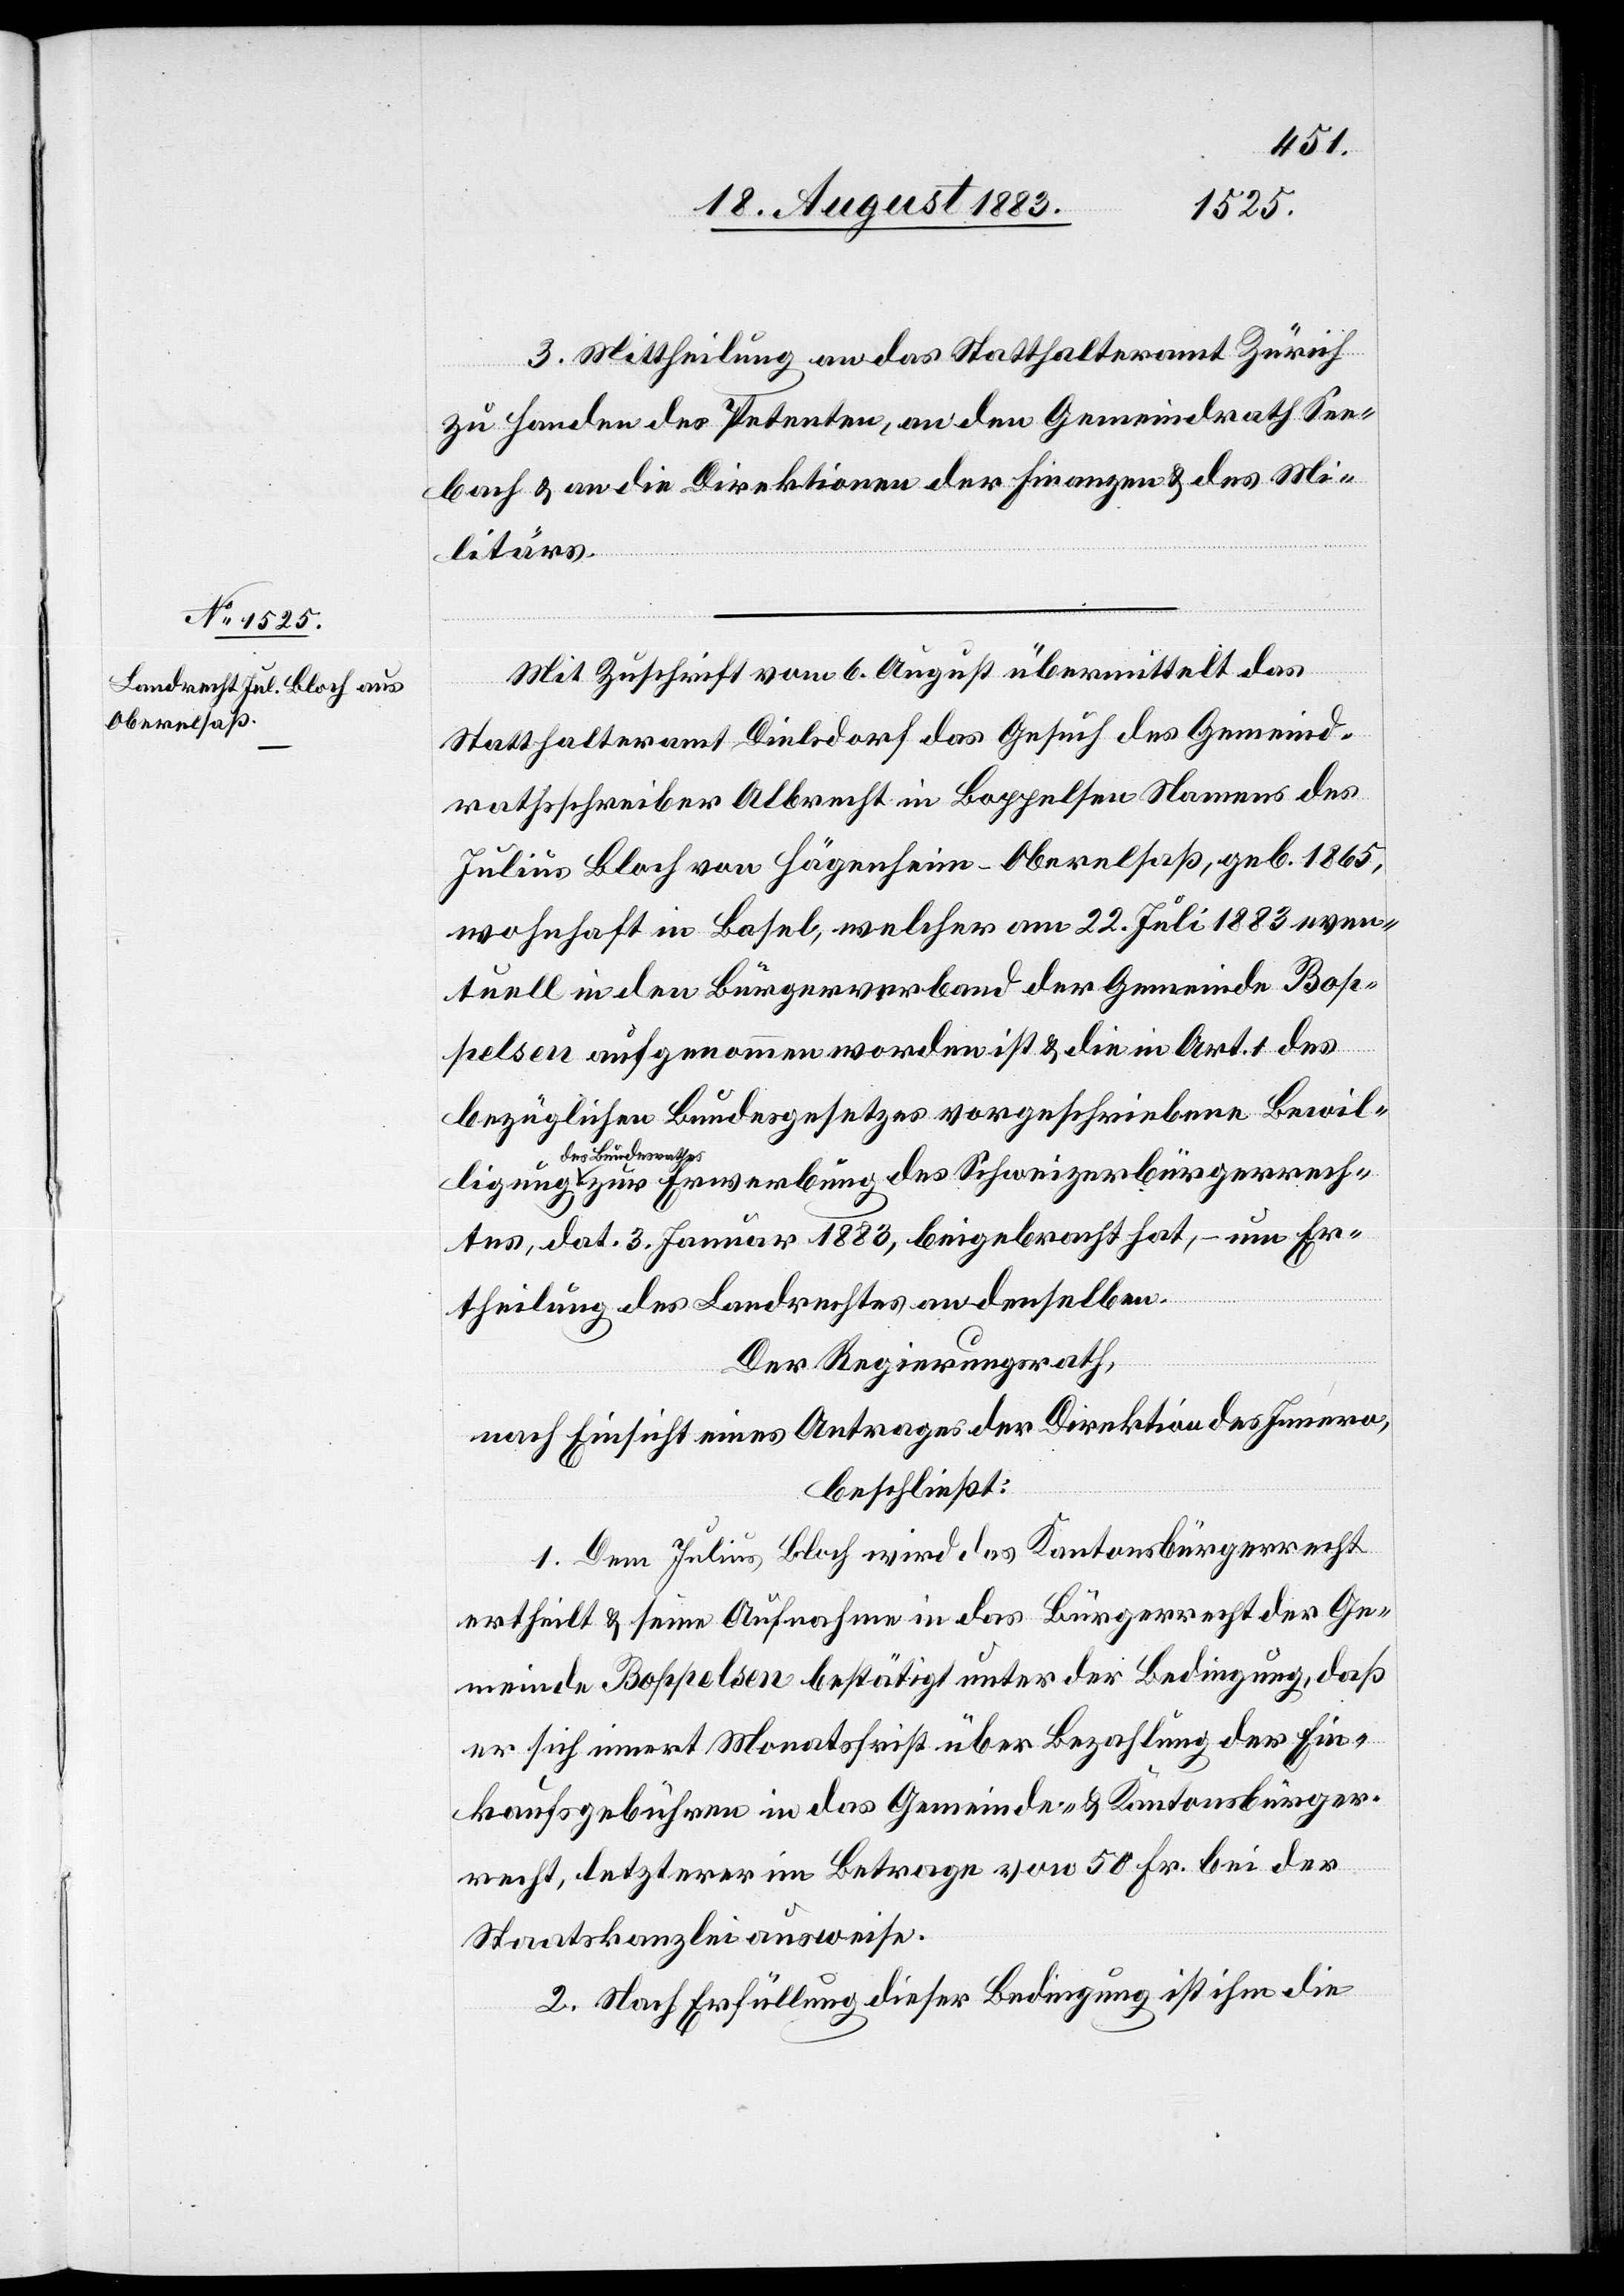
3. Mittheilung an das Statthalteramt Zürich
zu Handen des Petenten, an den Gemeindrath See¬
bach & an die Direktionen der Finanzen & des Mi¬
litärs.
errech¬
Mit Zuschrift vom 6. August übermittelt das
Statthalteramt Dielsdorf das Gesuch des Gemeind¬
rathsschreiber Albrecht in Boppelsen Namens des
Julius Bloch von Hägenheim - Oberelsaß, geb. 1865,
wohnhaft in Basel, welcher am 22. Juli 1883 even¬
tuell in den Bürgerverband der Gemeinde Se¬
ebach aufgenommen worden ist & die in Art. 1 des
bezüglichen Bundesgesetzes vom 3. Juli 1876 vorgeschriebene Bewil¬
des Bundesrathes
tes, dat. 3. Jan. 1883, beigebracht hat, – um Er¬
theilung des Landrechtes an denselben.
Der Regierungsrath,
nach Einsicht eines Antrages der Direktion des Innern,
beschließt:
1. Dem Julius Bloch wird das Kantonsbürgerrecht
ertheilt & seine Aufnahme in das Bürgerrecht der Ge¬
meinde Seebach bestätigt unter der Bedingung, daß
er sich innert Monatsfrist über Bezahlung der Ein¬
kaufsgebühren in das Gemeinde- & Kantonsbürger¬
recht, letzterer im Betrage von 50 Fr., bei der
Staatskanzlei ausweise.
2. Nach Erfüllung dieser Bedingung ist ihm die